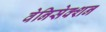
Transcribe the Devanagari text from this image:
वेनिसेक्शन